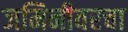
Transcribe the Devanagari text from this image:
जमिनीवरचा